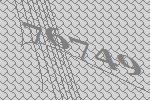
76749